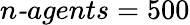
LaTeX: \textit{n-agents}=500